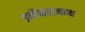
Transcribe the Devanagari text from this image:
इनॅमलजन्य